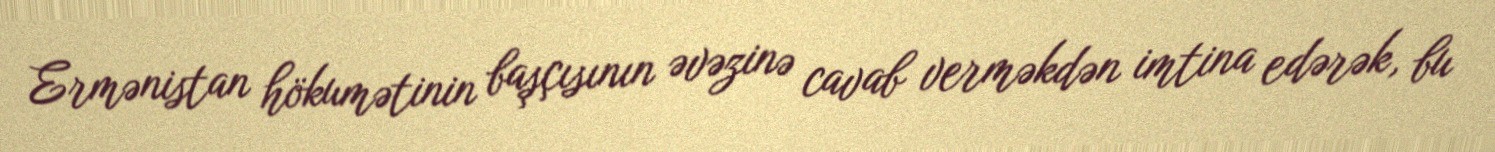
Ermənistan hökumətinin başçısının əvəzinə cavab verməkdən imtina edərək, bu